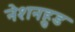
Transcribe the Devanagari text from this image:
नेशनहुड